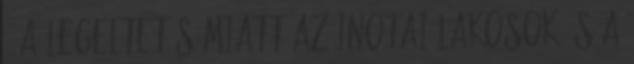
– A legeltetés miatt az inotai lakosok és a